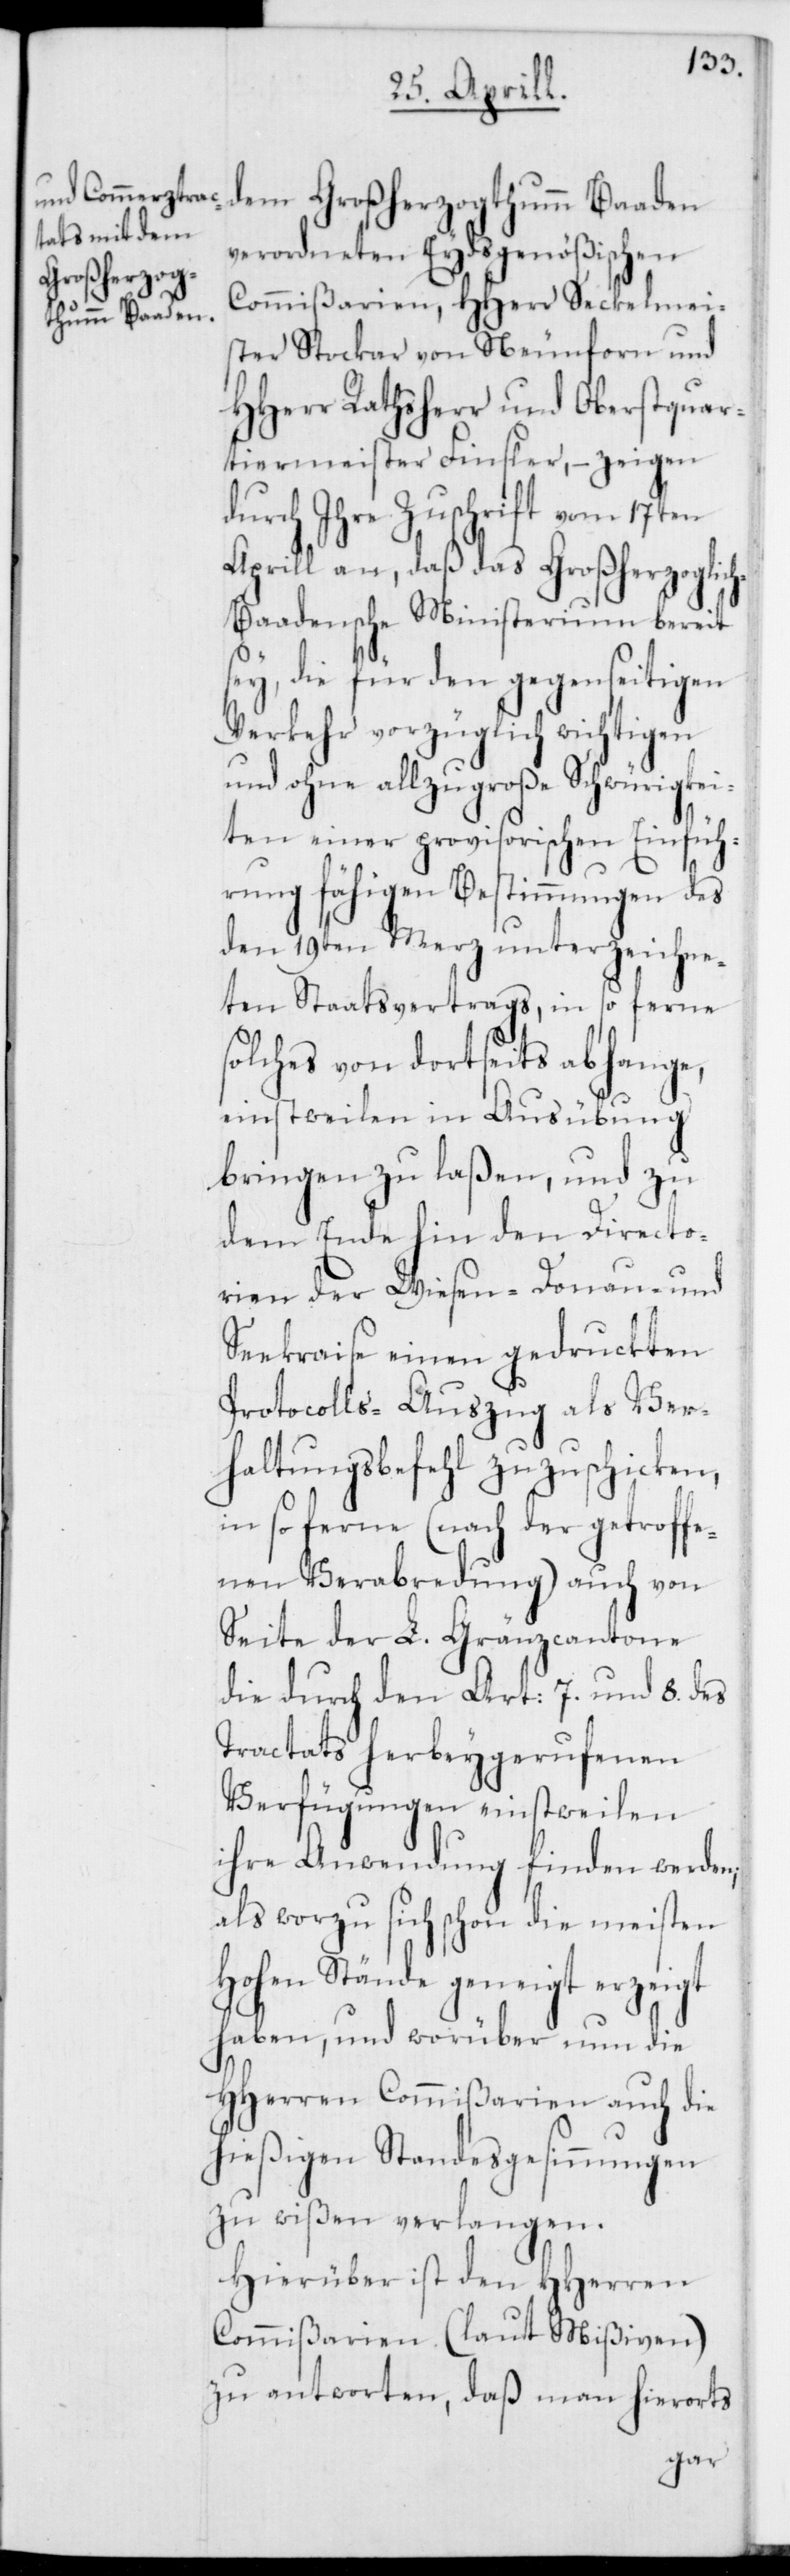
dem Großherzogthumm Baaden
verordneten Eydsgenößischen
Commißarien, HHerr Seckelmei¬
ster Stockar von Neunforn und
HHerr Rathsherr und Oberstquar¬
tiermeister Finsler, – zeigen
durch Ihre Zuschrift vom 17ten
Aprill an, daß das Großherzoglic¬
h-Baadensche Ministerium bereit
sey, die für den gegenseitigen
Verkehr vorzüglich wichtigen
und ohne allzugroße Schwürigkei¬
ten einer provisorischen Einfüh¬
rung fähigen Bestimmungen des
den 19ten Merz unterzeichne¬
ten Staatsvertrags, in so ferne
solches von dortseits abhange,
einstweilen in Ausübung
bringen zu laßen, und zu
dem Ende hin den Directo¬
rien der Wiesen-[,] Donau- und
Seekreise einen gedruckten
Protocolls-Auszug als Ver¬
haltungsbefehl zuzuschicken,
insoferne (nach der getroffe¬
nen Verabredung) auch von
Seite der L. Gränzcantone
die durch den Art: 7. und 8. des
Tractats herbeygerufenen
Verfügungen einstweilen
ihre Anwendung finden werden;
als worzu sich schon die meisten
Hohen Stände geneigt erzeigt
haben, und worüber nun die
HHerren Commißarien auch die
hießigen Standesgesinnungen
zu wißen verlangen.
Hierüber ist den HHerren
Commißarien (laut Mißiven)
zu antworten, daß man hierorts